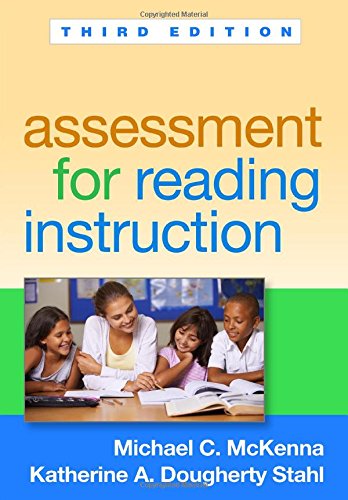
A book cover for Assessment for Reading Instruction, Third Edition (Solving Problems in the Teaching of Literacy); Michael C. McKenna PhD; Reference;